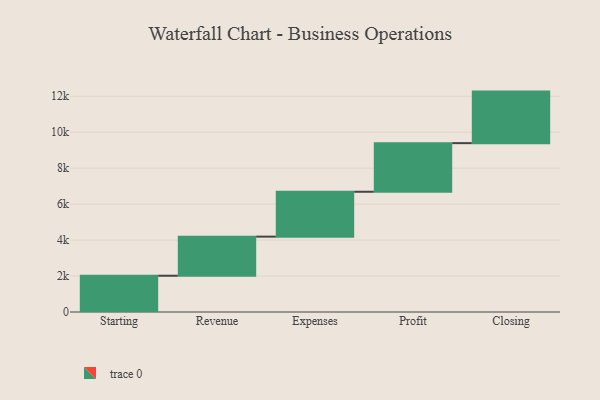
{"axis": {"x": "Step", "y": "Value"}, "legend": [""], "data": [{"x": "Starting", "y": 2017.0, "type": ""}, {"x": "Revenue", "y": 2176.0, "type": ""}, {"x": "Expenses", "y": 2496.0, "type": ""}, {"x": "Profit", "y": 2705.0, "type": ""}, {"x": "Closing", "y": 2867.0, "type": ""}]}